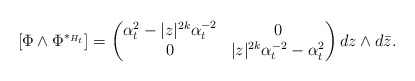
\begin{align*}[\Phi \wedge \Phi^{*_{H_t}}] = \begin{pmatrix} \alpha_t^2 - |z|^{2k}\alpha_t^{-2} &0\\ 0 & |z|^{2k}\alpha_t^{-2} - \alpha_t^2 \end{pmatrix} dz \wedge d\bar z .\end{align*}